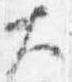
大